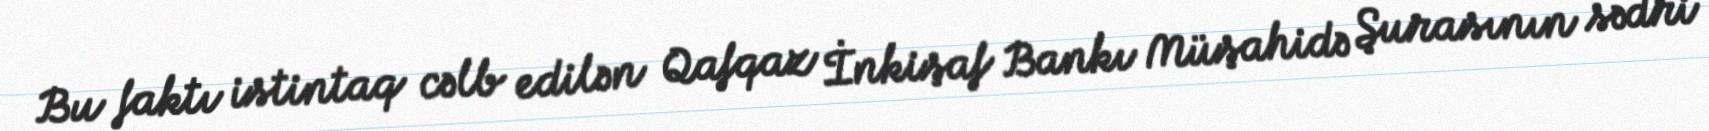
Bu faktı istintaq cəlb edilən Qafqaz İnkişaf Bankı Müşahidə Şurasının sədri